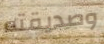
وصديقته